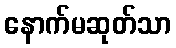
နောက်မဆုတ်သာ